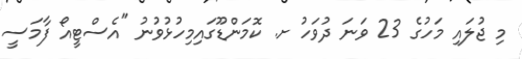
މި ޖުލައި މަހުގެ 23 ވަނަ ދުވަހު ށ. ކޮމަންޑޫގައިމިހުޅުވުނު "އެސްޓީއޯ ފާމަސީ